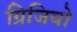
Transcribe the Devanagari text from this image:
ग्रिजियो